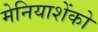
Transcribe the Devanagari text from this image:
मेनियाशेंको